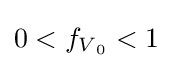
0<f_{V{_{0}}}<1